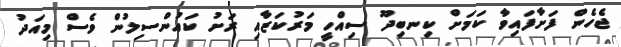
ޖެހެން ފަށާފައިވާ ކަމަށް ކިނބިދޫ ސިއްހީ މަރުކަޒާއި ރަށު ކައުންސިލުން ވެސް މިއަދު